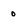
Character: 0